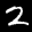
Label: 2